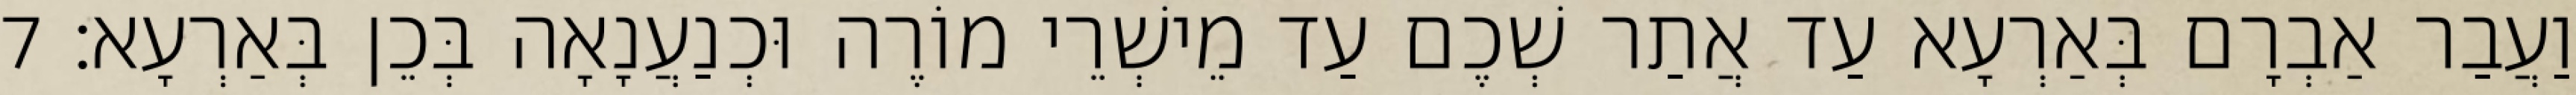
וַעֲבַר אַבְרָם בְּאַרְעָא עַד אֲתַר שְׁכֶם עַד מֵישְׁרֵי מוֹרֶה וּכְנַעֲנָאָה בְּכֵן בְּאַרְעָא׃ 7